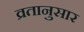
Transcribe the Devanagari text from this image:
व्रतानुसार